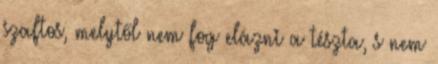
szaftos, melytől nem fog elázni a tészta, s nem